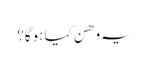
یہ وھن کیا ہوگا؟